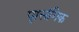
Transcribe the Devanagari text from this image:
पृासंगिक